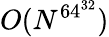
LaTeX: O(N^{64^{32}})